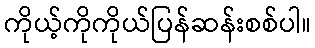
ကိုယ့်ကိုကိုယ်ပြန်ဆန်းစစ်ပါ။